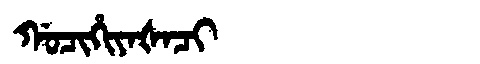
Manchu: ᡤᠣᠴᡳᡥᡳᠶᠠᡧᠠᠴᡳ
Romanization: GOCIHIYAŠACI